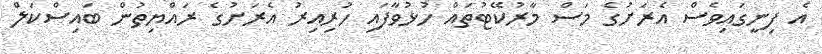
އެ ފިނީގައިވެސް އެރަށުގެ މަސް މާރުކޭޓުތައް ހުޅުވާފައި ހުރިއިރު އެރަށުގެ ރައްޔިތުން ބައިސްކަލް